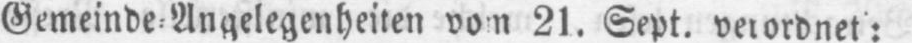
Gemeinde⸗Angelegenheiten vom 21. Sept. verordnet: